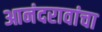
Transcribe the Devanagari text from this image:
आनंदरावांचा